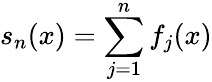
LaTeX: s_{n}(x)=\sum_{j=1}^{n}f_{j}(x)